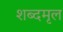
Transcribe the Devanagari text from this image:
शब्दमृल